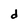
Character: d